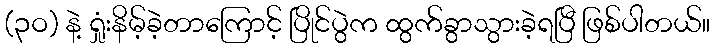
(၃ဝ) နဲ့ ရှုံးနိမ့်ခဲ့တာကြောင့် ပြိုင်ပွဲက ထွက်ခွာသွားခဲ့ရပြီ ဖြစ်ပါတယ်။